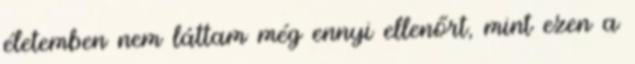
életemben nem láttam még ennyi ellenőrt, mint ezen a